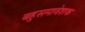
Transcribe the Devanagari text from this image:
बहुसमावेशक